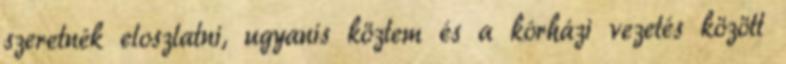
szeretnék eloszlatni, ugyanis köztem és a kórházi vezetés között